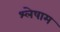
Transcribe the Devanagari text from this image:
श्लेषाम